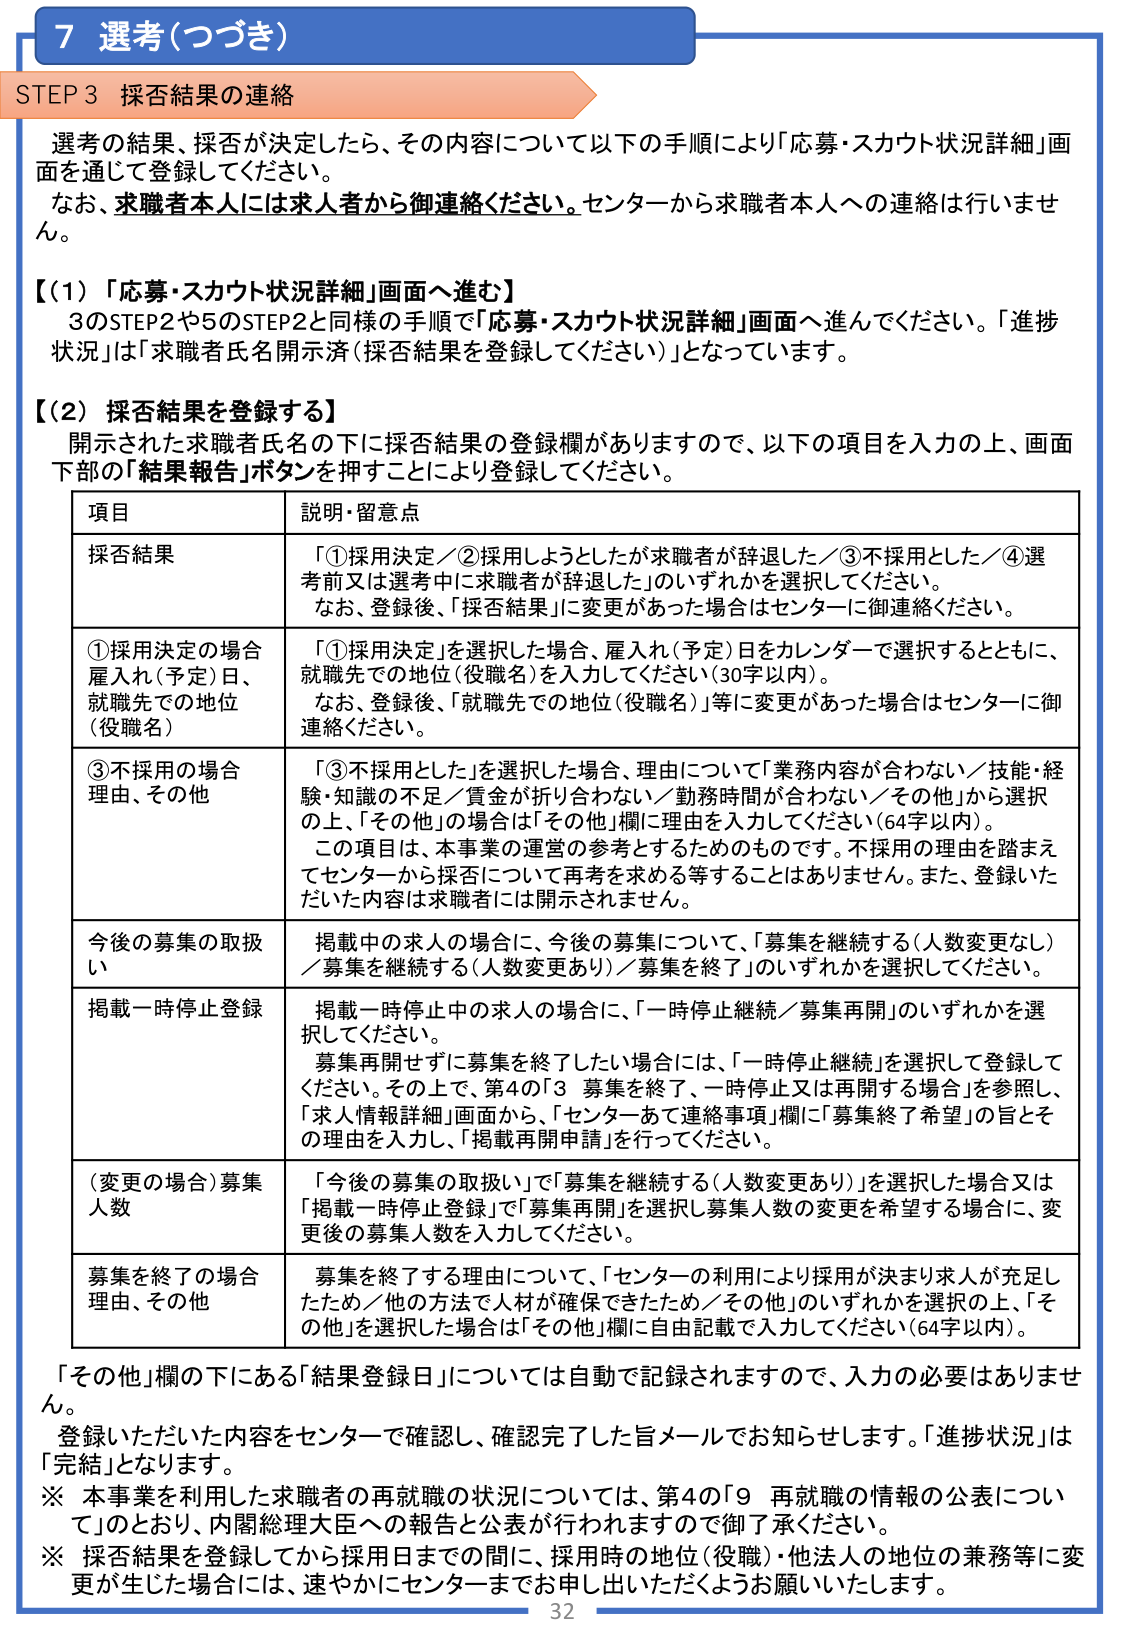
7 選考（つづき）

STEP 3 採否結果の連絡

選考の結果、採否が決定したら、その内容について以下の手順により「応募・スカウト状況詳細」画面を通じて登録してください。
なお、求職者本人には求人者から御連絡ください。センターから求職者本人への連絡は行いません。

【（1）「応募・スカウト状況詳細」画面へ進む】
3のSTEP2や5のSTEP2と同様の手順で「応募・スカウト状況詳細」画面へ進んでください。「進捗状況」は「求職者氏名開示済（採否結果を登録してください）」となっています。

【（2）採否結果を登録する】
開示された求職者氏名の下に採否結果の登録欄がありますので、以下の項目を入力の上、画面下部の「結果報告」ボタンを押すことにより登録してください。

| 項目 | 説明・留意点 |
|------|--------------|
| 採否結果 | 「①採用決定／②採用しようとしたが求職者が辞退した／③不採用とした／④選考前又は選考中に求職者が辞退した」のいずれかを選択してください。<br>なお、登録後、「採否結果」に変更があった場合はセンターに御連絡ください。 |
| ①採用決定の場合<br>雇入れ（予定）日、<br>就職先での地位（役職名） | 「①採用決定」を選択した場合、雇入れ（予定）日をカレンダーで選択するとともに、就職先での地位（役職名）を入力してください（30字以内）。<br>なお、登録後、「就職先での地位（役職名）」等に変更があった場合はセンターに御連絡ください。 |
| ③不採用の場合<br>理由、その他 | 「③不採用とした」を選択した場合、理由について「業務内容が合わない／技能・経験・知識の不足／賃金が折り合わない／勤務時間が合わない／その他」から選択の上、「その他」の場合は「その他」欄に理由を入力してください（64字以内）。<br>この項目は、本事業の運営の参考とするためのものです。不採用の理由を踏まえてセンターから採否について再考を求める等することはありません。また、登録いただいた内容は求職者には開示されません。 |
| 今後の募集の取扱い | 掲載中の求人の場合に、今後の募集について、「募集を継続する（人数変更なし）／募集を継続する（人数変更あり）／募集を終了」のいずれかを選択してください。 |
| 掲載一時停止登録 | 掲載一時停止中の求人の場合に、「一時停止継続／募集再開」のいずれかを選択してください。<br>募集再開せずに募集を終了したい場合には、「一時停止継続」を選択して登録してください。その上で、第4の「3 募集を終了、一時停止又は再開する場合」を参照し、「求人情報詳細」画面から、「センターあて連絡事項」欄に「募集終了希望」の旨とその理由を入力し、「掲載再開申請」を行ってください。 |
| （変更の場合）募集人数 | 「今後の募集の取扱い」で「募集を継続する（人数変更あり）」を選択した場合又は「掲載一時停止登録」で「募集再開」を選択し募集人数の変更を希望する場合に、変更後の募集人数を入力してください。 |
| 募集を終了の場合<br>理由、その他 | 募集を終了する理由について、「センターの利用により採用が決まり求人が充足したため／他の方法で人材が確保できたため／その他」のいずれかを選択の上、「その他」を選択した場合は「その他」欄に自由記載で入力してください（64字以内）。 |

「その他」欄の下にある「結果登録日」については自動で記録されますので、入力の必要はありません。
登録いただいた内容をセンターで確認し、確認完了した旨メールでお知らせします。「進捗状況」は「完結」となります。

※ 本事業を利用した求職者の再就職の状況については、第4の「9 再就職の情報の公表について」のとおり、内閣総理大臣への報告と公表が行われますので御了承ください。
※ 採否結果を登録してから採用日までの間に、採用時の地位（役職）・他法人の地位の兼務等に変更が生じた場合には、速やかにセンターまでお申し出いただくようお願いいたします。

32